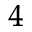
^ 4